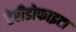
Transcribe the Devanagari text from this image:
टेरीडोफाइटा